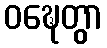
ဝဍ္ဎေတွာ